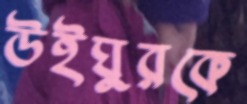
উইঘুরকে